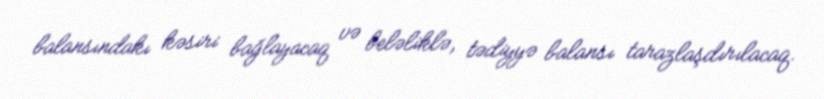
balansındakı kəsiri bağlayacaq və beləliklə, tədiyyə balansı tarazlaşdırılacaq.